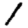
Digit: 1